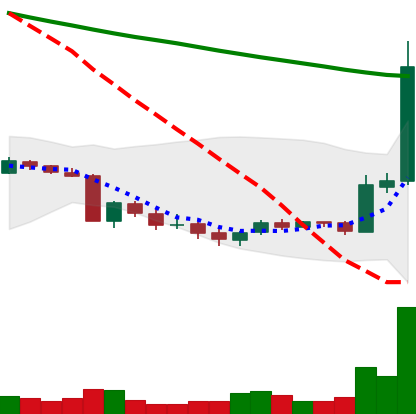
Ticker: XRP-USD
Chart end date: 2018-09-20
Forward return: 17.119%
Label: up_7plus